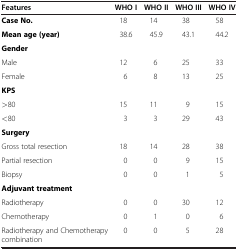
| Features | WHO I | WHO II | WHO III | WHO IV |
 | --- | --- | --- | --- | --- |
 | Case No. | 18 | 14 | 38 | 58 |
 | Mean age (year) | 38.6 | 45.9 | 43.1 | 44.2 |
 | Gender |  |  |  |  |
 | Male | 12 | 6 | 25 | 33 |
 | Female | 6 | 8 | 13 | 25 |
 | KPS |  |  |  |  |
 | >80 | 15 | 11 | 9 | 15 |
 | <80 | 3 | 3 | 29 | 43 |
 | Surgery |  |  |  |  |
 | Gross total resection | 18 | 14 | 28 | 38 |
 | Partial resection | 0 | 0 | 9 | 15 |
 | Biopsy | 0 | 0 | 1 | 5 |
 | Adjuvant treatment |  |  |  |  |
 | Radiotherapy | 0 | 0 | 30 | 12 |
 | Chemotherapy | 0 | 1 | 0 | 6 |
 | Radiotherapy and Chemotherapy combination | 0 | 0 | 5 | 28 |